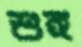
শুঙ্গ